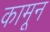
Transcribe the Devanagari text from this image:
कामून